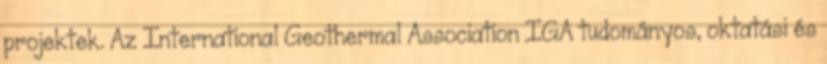
projektek. Az International Geothermal Association IGA tudományos, oktatási és